Vaccination in Bombay 1889-1901 - 1889-1901
Year: 1889
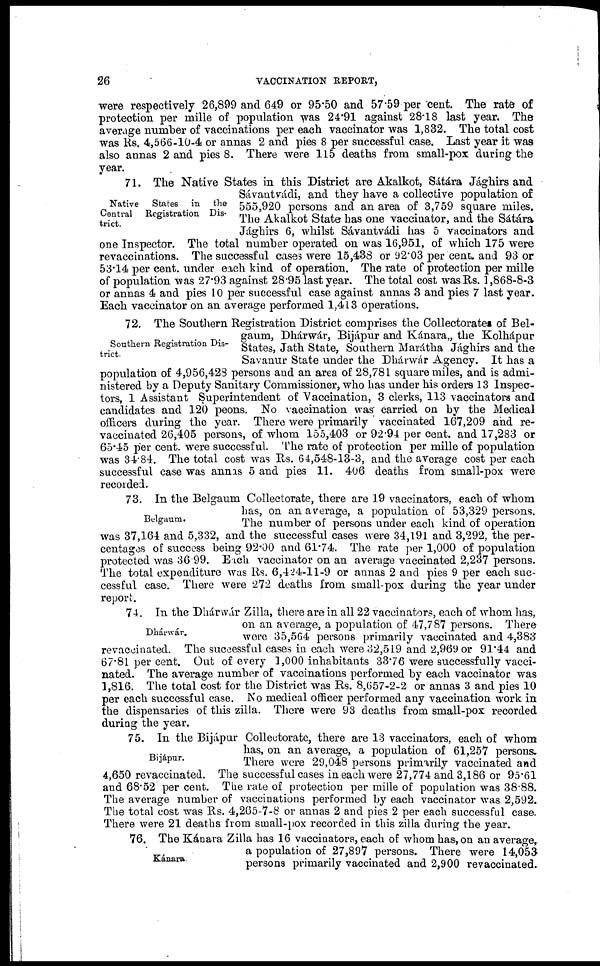
26
VACCINATION REPORT,
were respectively 26,899 and 649 or 95.50 and 57.59 per cent. The rate of
protection per mille of population was 24.91 against 28.18 last year. The
average number of vaccinations per each vaccinator was 1,832. The total cost
was Rs. 4,566-10-4 or annas 2 and pies 8 per successful case. Last year it was
also annas 2 and pies 8. There were 115 deaths from small-pox during the
year.
Native
States
in
the
Central
Registration Dis-
trict.
71. The Native States in this District are Akalkot, Sátára Jághirs and
Sávantvádi, and they have a collective population of
555,920 persons and an area of 3,759 square miles.
The Akalkot State has one vaccinator, and the Sátára
Jághirs 6, whilst Sávantvádi has 5 vaccinators and
one Inspector. The total number operated on was 16,951, of which 175 were
revaccinations. The successful cases were 15,438 or 92.03 per cent. and 93 or
53.14 per cent. under each kind of operation. The rate of protection per mille
of population was 27.93 against 28.95 last year. The total cost was Rs. 1,868-8-3
or annas 4 and pies 10 per successful case against annas 3 and pies 7 last year.
Each vaccinator on an average performed 1,413 operations.
Southern Registration Dis-
trict.
72. The Southern Registration District comprises the Collectorates of Bel-
gaum, Dhárwár, Bijápur and Kánara,, the Kolhápur
States, Jath State, Southern Marátha Jághirs and the
Savanur State under the Dhárwár Agency. It has a
population of 4,956,428 persons and an area of 28,781 square miles, and is admi-
nistered by a Deputy Sanitary Commissioner, who has under his orders 13 Inspec-
tors, 1 Assistant Superintendent of Vaccination, 3 clerks, 113 vaccinators and
candidates and 120 peons. No vaccination was carried on by the Medical
officers during the year. There were primarily vaccinated 167,209 and re-
vaccinated 26,405 persons, of whom 155,403 or 92.94 per cent. and 17,283 or
65.45 per cent. were successful. The rate of protection per mille of population
was 34.84. The total cost was Rs. 64,548-13-3, and the average cost per each
successful case was annas 5 and pies 11. 406 deaths from small-pox were
recorded.
Belgaum.
73. In the Belgaum Collectorate, there are 19 vaccinators, each of whom
has, on an average, a population of: 53,329 persons.
The number of persons under each kind of operation
was 37,164 and 5,332, and the successful cases were 34,191 and 3,292, the per-
centages of success being 92.00 and 61.74. The rate per 1,000 of population
protected was 36.99. Each vaccinator on an average vaccinated 2,237 persons.
The total expenditure was Rs. 6,424-11-9 or annas 2 and pies 9 per each suc-
cessful case. There were 272 deaths from small-pox during the year under
report.
Dhárwár.
74. In the Dhárwár Zilla, there are in all 22 vaccinators, each of whom has,
on an average, a population of 47,787 persons. There
were 35,564 persons primarily vaccinated and 4,383
revaccinated. The successful cases in each were 32,519 and 2,969 or 91.44 and
67.81 per cent. Out of every 1,000 inhabitants 33.76 were successfully vacci-
nated. The average number of vaccinations performed by each vaccinator was
1,816. The total cost for the District was Rs. 8,657-2-2 or annas 3 and pies 10
per each successful case. No medical officer performed any vaccination work in
the dispensaries of this zilla. There were 93 deaths from small-pox recorded
during the year.
Bijápur.
75. In the Bijápur Collectorate, there are 13 vaccinators, each of whom
has, on an average, a population of 61,257 persons.
There were 29,048 persons primarily vaccinated and
4,650 revaccinated. The successful cases in each were 27,774 and 3,186 or 95.61
and 68.52 per cent. The rate of protection per mille of population was 38.88.
The average number of vaccinations performed by each vaccinator was 2,592.
The total cost was Rs. 4,265-7-8 or annas 2 and pies 2 per each successful case.
There were 21 deaths from small-pox recorded in this zilla during the year.
Kánara.
76. The Kánara Zilla has 16 vaccinators, each of whom has, on an average,
a population of 27,897 persons. There were 14,053
persons primarily vaccinated and 2,900 revaccinated.